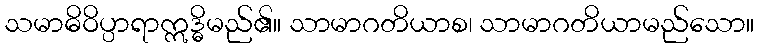
သမာဓိဝိပ္ပာရာဣဒ္ဓိမည်၏။ သာမာဂတိယာစ၊ သာမာဂတိယာမည်သော။